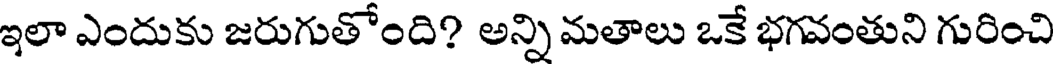
ఇలా ఎందుకు జరుగుతోంది? అన్ని మతాలు ఒకే భగవంతుని గురించి